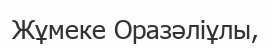
Жұмеке Оразәліұлы,